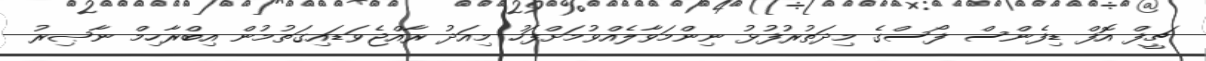
ޗީފް އޮފް ޑިފެންސް ފޯސްގެ މިދަތުރުފުޅު ނިންމަވާލެއްވުމަށްފަހު މިއަދު ރާއްޖެވަޑައިގަތުމުން އިބްރާހިމް ނާޞިރު